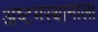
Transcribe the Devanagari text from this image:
अष्टमस्थानाला